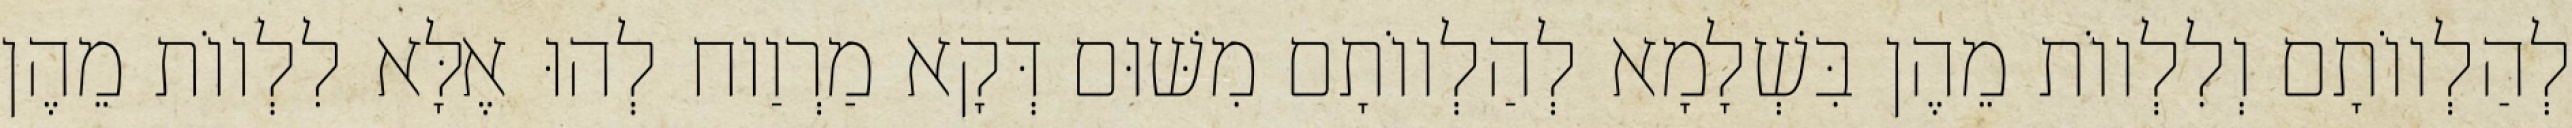
לְהַלְווֹתָם וְלִלְווֹת מֵהֶן בִּשְׁלָמָא לְהַלְווֹתָם מִשּׁוּם דְּקָא מַרְוַוח לְהוּ אֶלָּא לִלְווֹת מֵהֶן